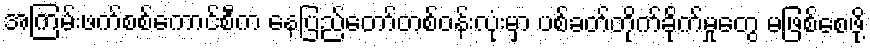
အကြမ်းဖက်စစ်ကောင်စီက နေပြည်တော်တစ်ဝန်းလုံးမှာ ပစ်ခတ်တိုက်ခိုက်မှုတွေ မဖြစ်စေဖို့